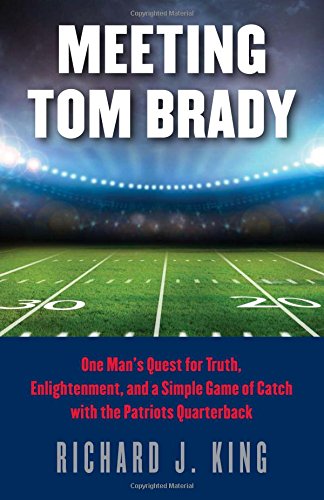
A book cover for Meeting Tom Brady: One Man's Quest for Truth, Enlightenment, and a Simple Game of Catch with the Patriots Quarterback; Richard J. King; Biographies & Memoirs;